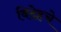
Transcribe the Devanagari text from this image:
विदेहचे